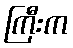
ကြီးက